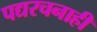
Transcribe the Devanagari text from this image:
पद्यरचनाही